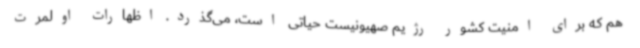
هم که برای امنیت کشور رژیم صهیونیست حیاتی است، می‌گذرد. اظهارات اولمرت